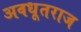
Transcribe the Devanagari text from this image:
अवधूतराज